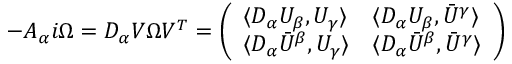
- { \cal A } _ { \alpha } i \Omega = { \cal D } _ { \alpha } { \cal V } \Omega { \cal V } ^ { T } = \left( \begin{array} { l l } { { \langle { \cal D } _ { \alpha } U _ { \beta } , U _ { \gamma } \rangle } } & { { \langle { \cal D } _ { \alpha } U _ { \beta } , \bar { U } ^ { \gamma } \rangle } } \\ { { \langle { \cal D } _ { \alpha } \bar { U } ^ { \beta } , U _ { \gamma } \rangle } } & { { \langle { \cal D } _ { \alpha } \bar { U } ^ { \beta } , \bar { U } ^ { \gamma } \rangle } } \end{array} \right)